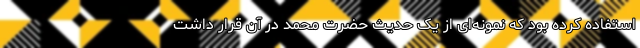
استفاده کرده بود که نمونه‌ای از یک حدیث حضرت محمد در آن قرار داشت